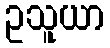
ဥသူယာ